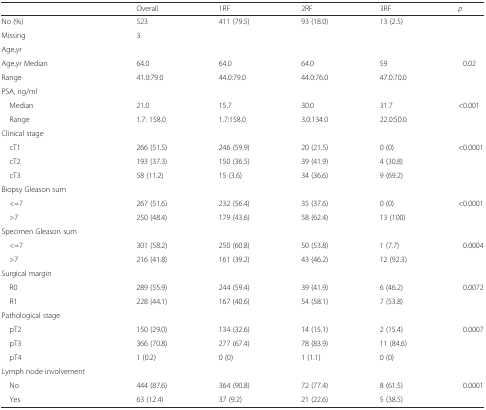
<table><thead><tr><td></td><td><b>Overall</b></td><td><b>1RF</b></td><td><b>2RF</b></td><td><b>3RF</b></td><td><b><i>p</i></b></td></tr></thead><tbody><tr><td>No (%)</td><td>523</td><td>411 (79.5)</td><td>93 (18.0)</td><td>13 (2.5)</td><td></td></tr><tr><td>Missing</td><td>3</td><td></td><td></td><td></td><td></td></tr><tr><td>Age,yr</td><td></td><td></td><td></td><td></td><td></td></tr><tr><td>Age,yr Median</td><td>64.0</td><td>64.0</td><td>64.0</td><td>59</td><td>0.02</td></tr><tr><td>Range</td><td>41.0:79.0</td><td>44.0:79.0</td><td>44.0:76.0</td><td>47.0:70.0</td><td></td></tr><tr><td>PSA, ng/ml</td><td></td><td></td><td></td><td></td><td></td></tr><tr><td> Median</td><td>21.0</td><td>15.7</td><td>30.0</td><td>31.7</td><td>&lt;0.001</td></tr><tr><td> Range</td><td>1.7: 158.0</td><td>1.7:158.0</td><td>3.0:134.0</td><td>22.0:50.0</td><td></td></tr><tr><td>Clinical stage</td><td></td><td></td><td></td><td></td><td></td></tr><tr><td> cT1</td><td>266 (51.5)</td><td>246 (59.9)</td><td>20 (21.5)</td><td>0 (0)</td><td>&lt;0.0001</td></tr><tr><td> cT2</td><td>193 (37.3)</td><td>150 (36.5)</td><td>39 (41.9)</td><td>4 (30.8)</td><td></td></tr><tr><td> cT3</td><td>58 (11.2)</td><td>15 (3.6)</td><td>34 (36.6)</td><td>9 (69.2)</td><td></td></tr><tr><td>Biopsy Gleason sum</td><td></td><td></td><td></td><td></td><td></td></tr><tr><td> &lt;=7</td><td>267 (51.6)</td><td>232 (56.4)</td><td>35 (37.6)</td><td>0 (0)</td><td>&lt;0.0001</td></tr><tr><td> &gt;7</td><td>250 (48.4)</td><td>179 (43.6)</td><td>58 (62.4)</td><td>13 (100)</td><td></td></tr><tr><td>Specimen Gleason sum</td><td></td><td></td><td></td><td></td><td></td></tr><tr><td> &lt;=7</td><td>301 (58.2)</td><td>250 (60.8)</td><td>50 (53.8)</td><td>1 (7.7)</td><td>0.0004</td></tr><tr><td> &gt;7</td><td>216 (41.8)</td><td>161 (39.2)</td><td>43 (46.2)</td><td>12 (92.3)</td><td></td></tr><tr><td>Surgical margin</td><td></td><td></td><td></td><td></td><td></td></tr><tr><td> R0</td><td>289 (55.9)</td><td>244 (59.4)</td><td>39 (41.9)</td><td>6 (46.2)</td><td>0.0072</td></tr><tr><td> R1</td><td>228 (44.1)</td><td>167 (40.6)</td><td>54 (58.1)</td><td>7 (53.8)</td><td></td></tr><tr><td>Pathological stage</td><td></td><td></td><td></td><td></td><td></td></tr><tr><td> pT2</td><td>150 (29.0)</td><td>134 (32.6)</td><td>14 (15.1)</td><td>2 (15.4)</td><td>0.0007</td></tr><tr><td> pT3</td><td>366 (70.8)</td><td>277 (67.4)</td><td>78 (83.9)</td><td>11 (84.6)</td><td></td></tr><tr><td> pT4</td><td>1 (0.2)</td><td>0 (0)</td><td>1 (1.1)</td><td>0 (0)</td><td></td></tr><tr><td>Lymph node involvement</td><td></td><td></td><td></td><td></td><td></td></tr><tr><td> No</td><td>444 (87.6)</td><td>364 (90.8)</td><td>72 (77.4)</td><td>8 (61.5)</td><td>0.0001</td></tr><tr><td> Yes</td><td>63 (12.4)</td><td>37 (9.2)</td><td>21 (22.6)</td><td>5 (38.5)</td><td></td></tr></tbody></table>